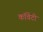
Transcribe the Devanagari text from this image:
कॉवेंटी